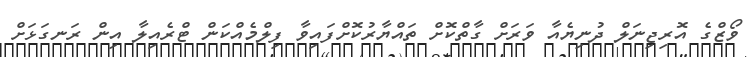
ވޯޒްގެ އޮރިޖިނަލް ދުނިޔެއާ ވަރަށް ގާތްކޮށް ތައްޔާރުކޮށްފައިވާ ފިލްމެއްކަން ޓްރެއިލާ އިން ރަނގަޅަށް